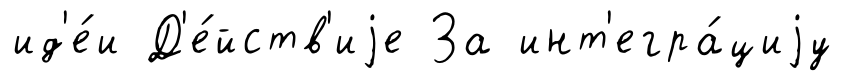
ид'е́и Д'е́йств'иjе За инт'егра́циjу